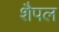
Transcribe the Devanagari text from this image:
शैपल